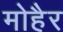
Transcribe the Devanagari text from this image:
मोहैर